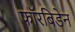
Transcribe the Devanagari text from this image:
फॉरबिडेन